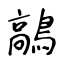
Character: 鶮